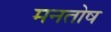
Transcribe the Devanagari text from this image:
मनतोष